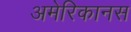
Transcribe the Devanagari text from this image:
अमेरिकानस